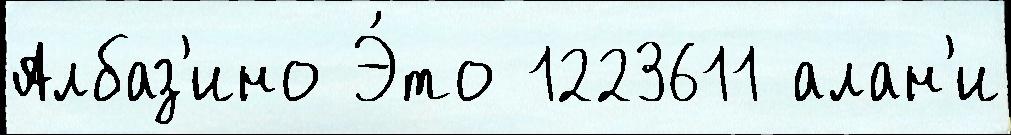
Албаз'ино Э́то 1223611 алан'и